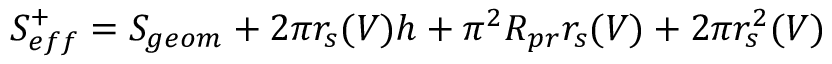
S _ { e f f } ^ { + } = S _ { g e o m } + 2 \pi r _ { s } ( V ) h + \pi ^ { 2 } R _ { p r } r _ { s } ( V ) + 2 \pi r _ { s } ^ { 2 } ( V )